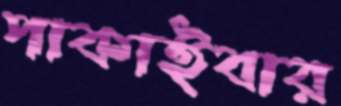
পাকাইবার